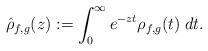
LaTeX: \begin{align*} \hat{\rho}_{f,g}(z) := \int_0^\infty e^{-zt} \rho_{f,g}(t)\;dt.\end{align*}